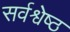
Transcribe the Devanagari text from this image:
सर्वश्वेष्ठ